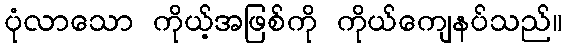
ပုံလာသော ကိုယ့်အဖြစ်ကို ကိုယ်ကျေနပ်သည်။